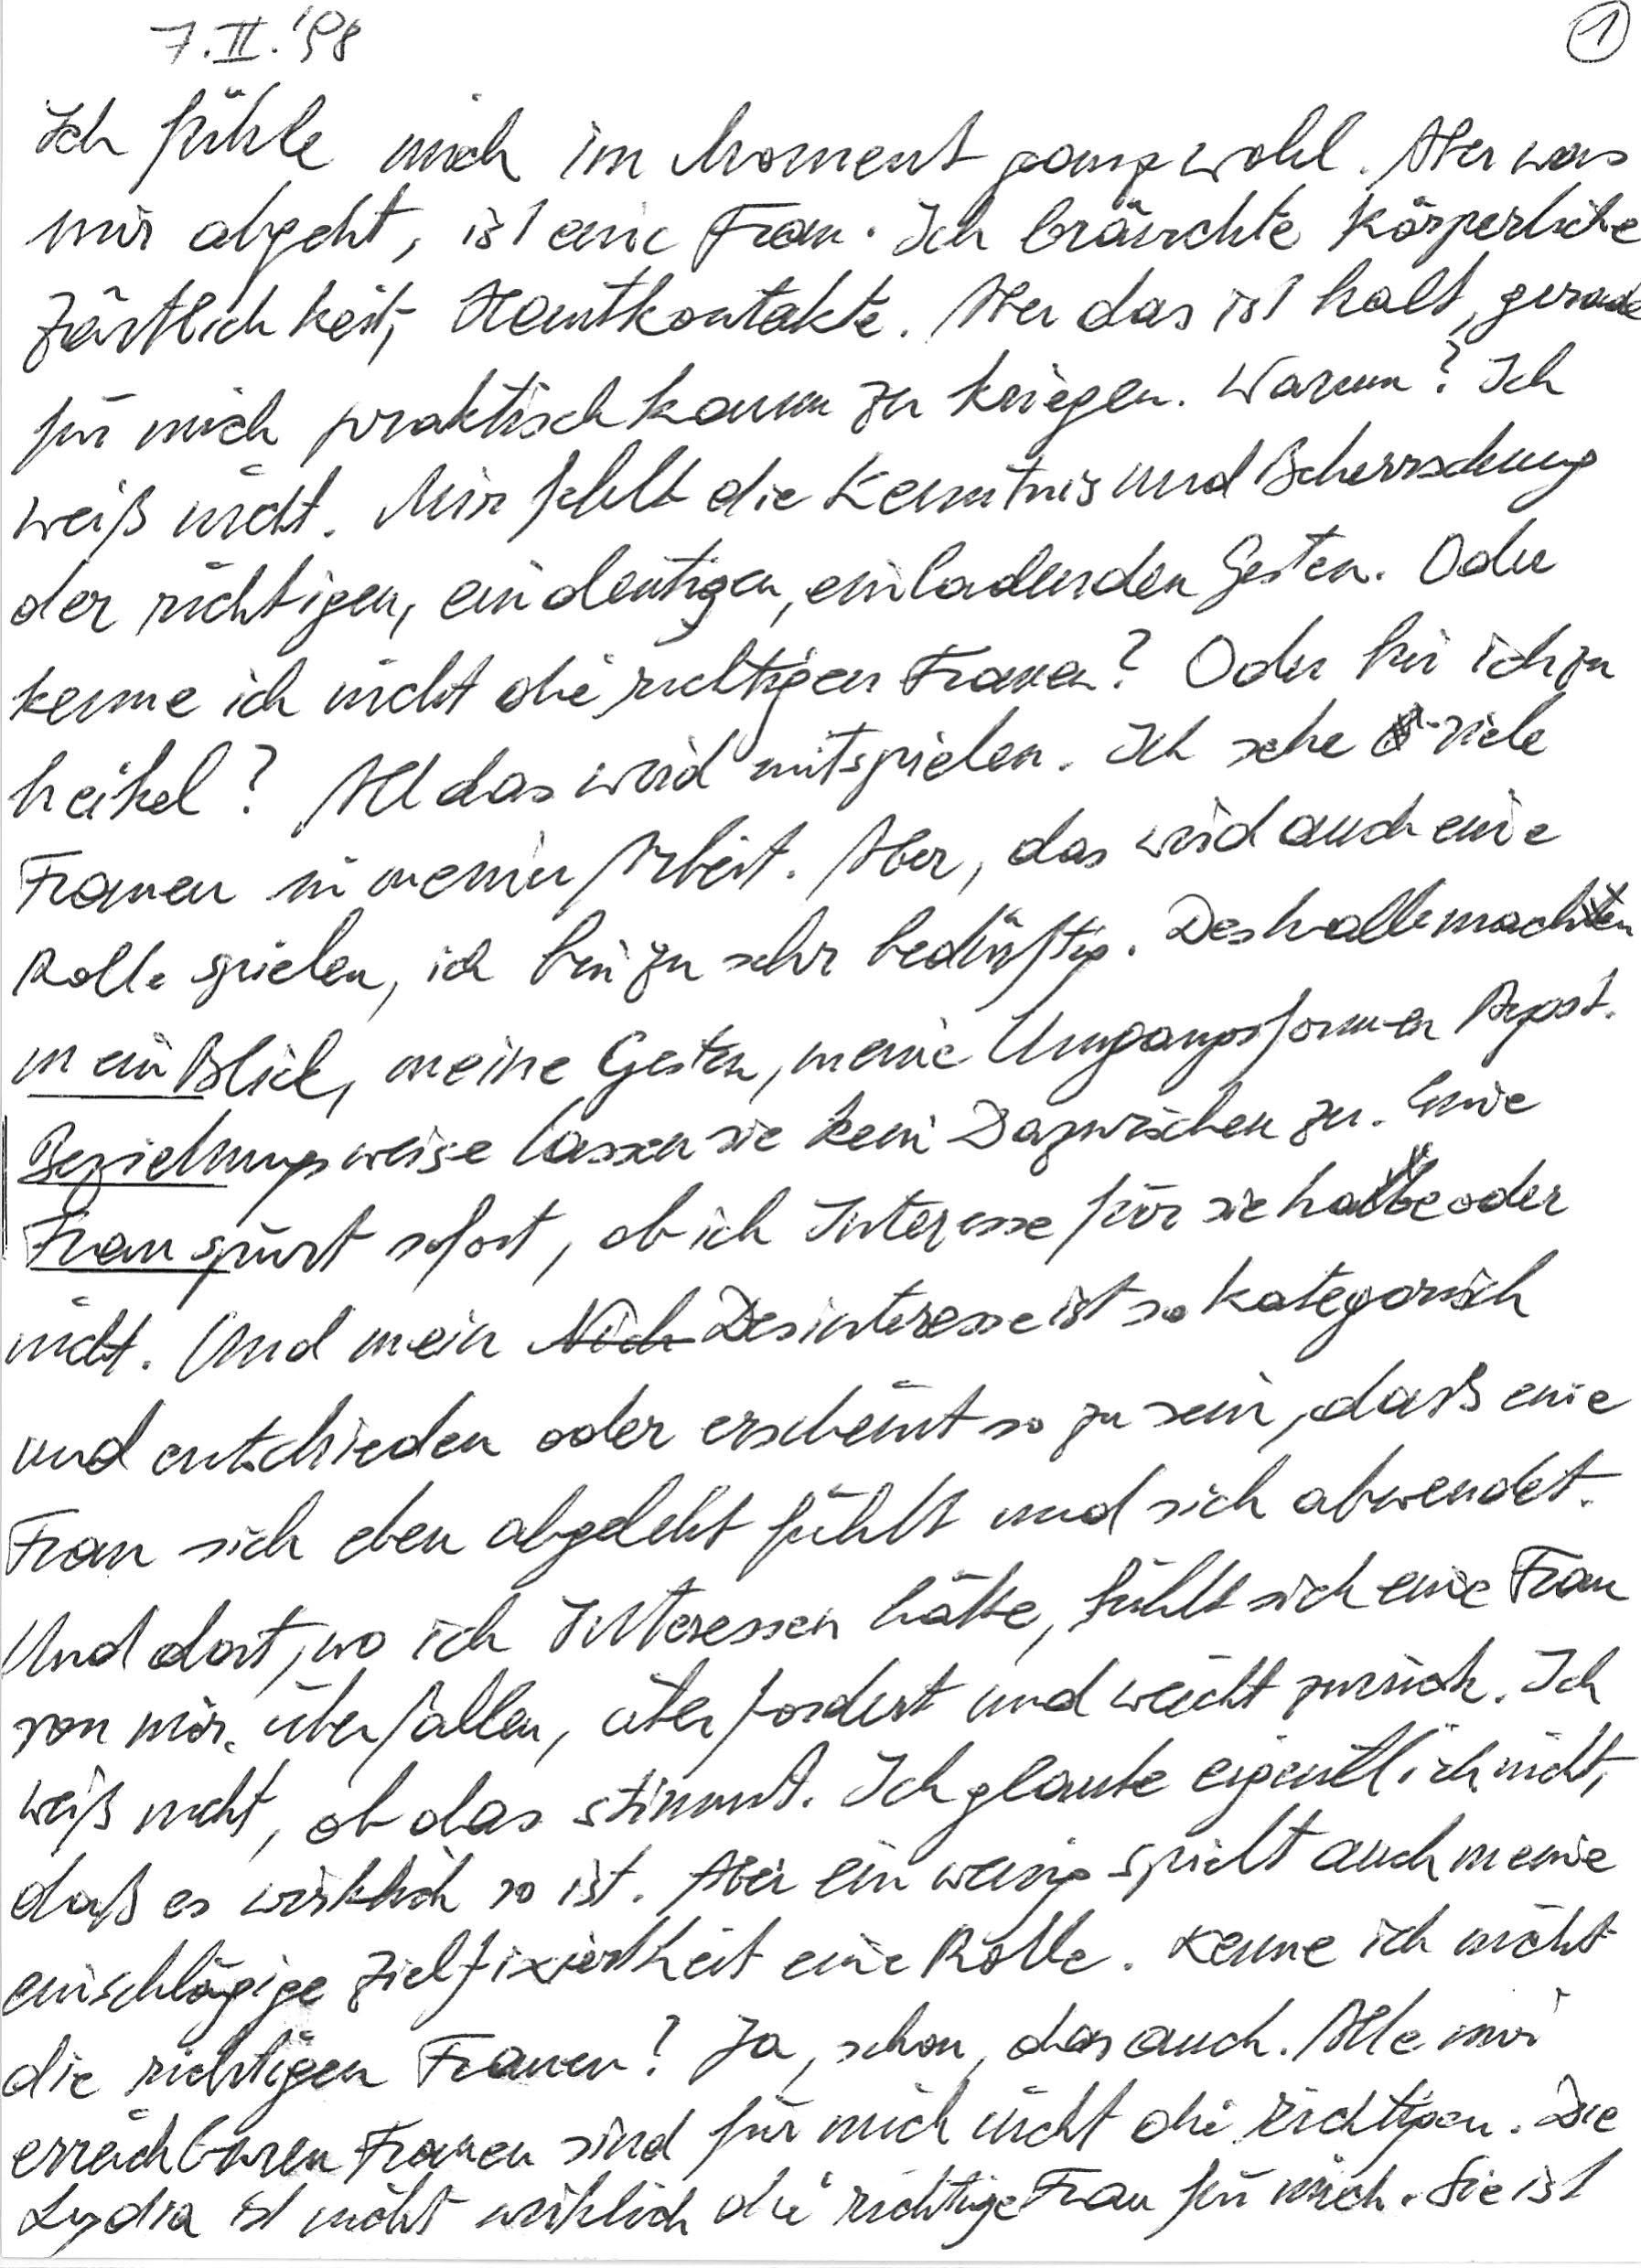
7. II. ‘98
Ich fühle mich im Moment ganz wohl. Aber was
mir abgeht, ist eine Frau. Ich bräuchte körperliche
Zärtlichkeit, Hautkontakte. Aber das ist halt, gerade
für mich praktisch kaum zu kriegen. Warum? Ich
weiß nicht. Mir fehlt die Kenntnis und Beherrschung
der richtigen, eindeutigen, einladenden Gesten. Oder
kenne ich nicht die richtigen Frauen? Oder bin ich zu
heikel? All das wird mitspielen. Ich sehe viele
Frauen in meiner Arbeit. Aber, das wird auch eine
Rolle spielen, ich bin zu sehr bedürftig. Deshalb machen
mein Blick, meine Gesten, meine Umgangsformen Angst.
Beziehungsweise lassen sie kein Dazwischen zu. Eine
Frau spürt sofort, ob ich Interesse für sie habe oder
nicht. Und mein Desinteresse ist so kategorisch
und entschieden oder erscheint so zu sein, dass eine
Frau sich eben abgelehnt fühlt und sich abwendet.
Und dort, wo ich Interessen hätte, fühlt sich eine Frau
von mir überfallen, überfordert und weicht zurück. Ich
weiß nicht, ob das stimmt. Ich glaube eigentlich nicht,
daß es wirklich so ist. Aber ein wenig spielt auch meine
einschlägige Zielfixiertheit eine Rolle. Kenne ich nicht
die richtigen Frauen? Ja, schon, das auch. Alle mir
erreichbaren Frauen sind für mich nicht die richtigen. Die
Lydia ist nicht wirklich die richtige Frau für mich. Sie ist